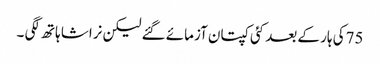
75کی ہار کے بعد کئی کپتان آزمائے گئے لیکن نراشا ہاتھ لگی ۔